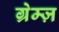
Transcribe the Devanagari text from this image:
ग्रेम्ज़